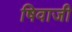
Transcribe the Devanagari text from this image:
षिवाजी